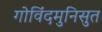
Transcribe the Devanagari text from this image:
गोविंदमुनिसुत